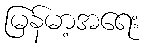
မြန်မာ့အရေး